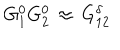
LaTeX: G _ { 1 } ^ { 0 } G _ { 2 } ^ { 0 } \, \approx \, G _ { 1 2 } ^ { \delta }